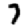
Digit: 7